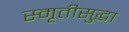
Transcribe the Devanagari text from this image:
स्मृतीसुद्धा